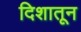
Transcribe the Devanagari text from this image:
दिशातून